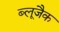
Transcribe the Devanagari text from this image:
ब्लूजैक